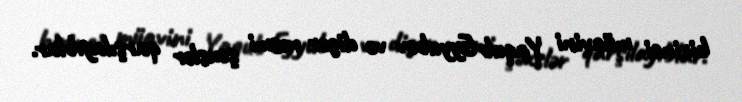
birinci müavini Yaqub Eyyubov və digər rəsmi şəxslər qarşılayıblar.